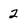
Character: 2